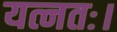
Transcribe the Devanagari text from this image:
यत्नतः।